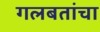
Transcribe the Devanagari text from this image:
गलबतांचा